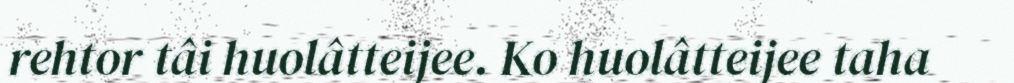
rehtor tâi huolâtteijee. Ko huolâtteijee taha